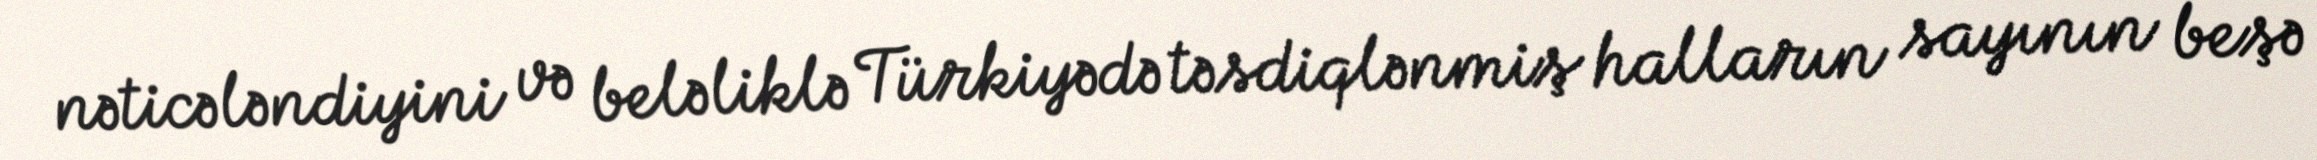
nəticələndiyini və beləliklə Türkiyədə təsdiqlənmiş halların sayının beşə